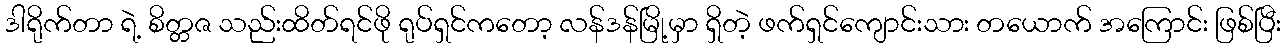
ဒါရိုက်တာ ရဲ့ စိတ္တဇ သည်းထိတ်ရင်ဖို ရုပ်ရှင်ကတော့ လန်ဒန်မြို့မှာ ရှိတဲ့ ဖက်ရှင်ကျောင်းသား တယောက် အကြောင်း ဖြစ်ပြီး